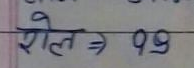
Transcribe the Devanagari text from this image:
रोल ⇒ ११